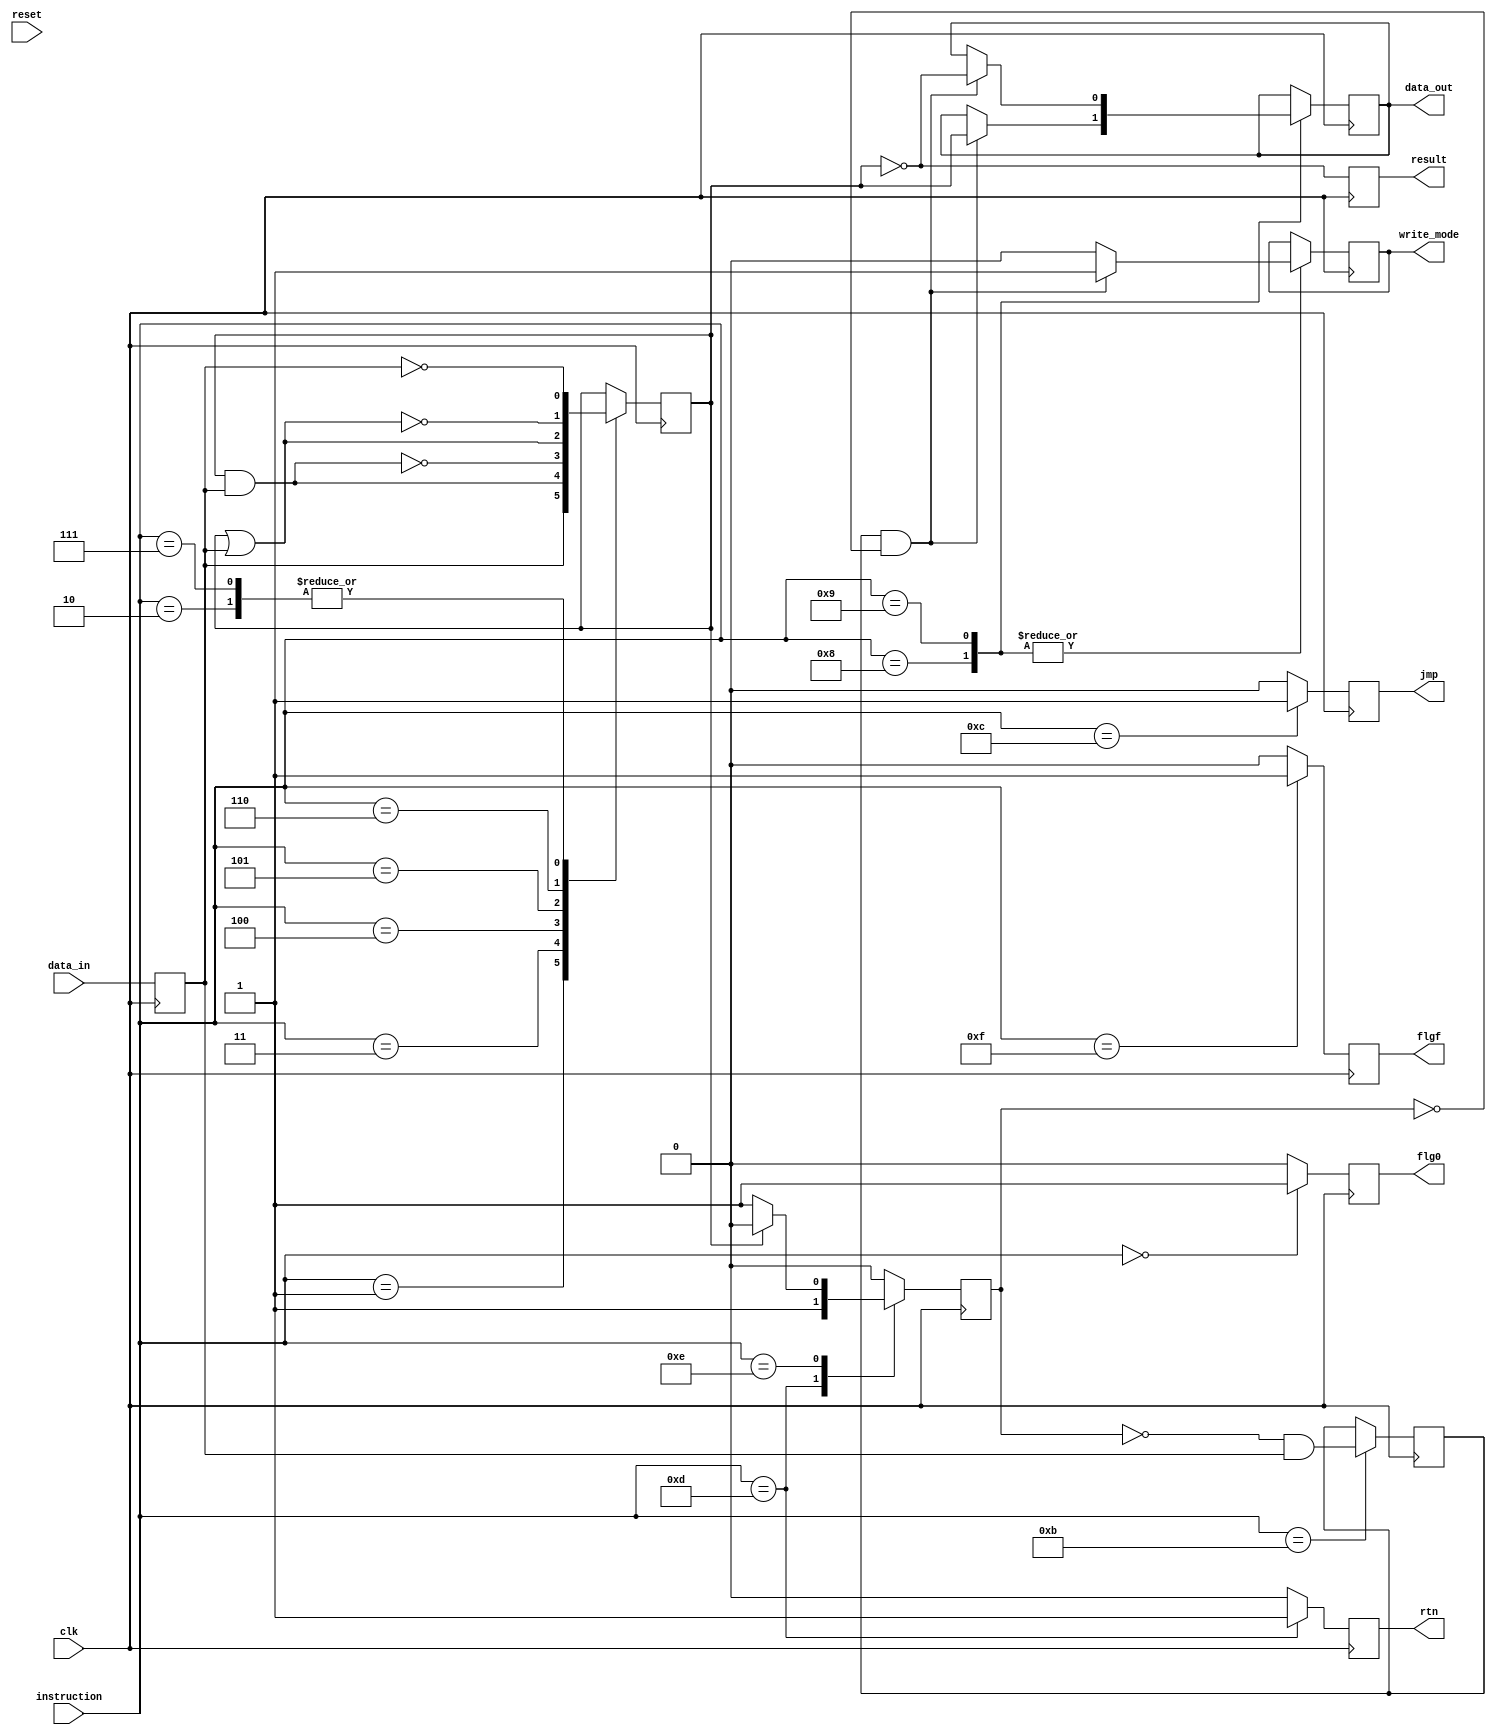

module lu_fudge(data_in, data_out, clk, instruction, reset, write_mode, result, jmp, rtn, flg0, flgf);
  input data_in;
  input clk;
  input [3:0] instruction;
  input reset;

  output reg data_out;
  output reg write_mode;
  output reg result;
  output reg jmp;
  output reg rtn;
  output reg flg0;
  output reg flgf;

  reg ien;
  reg oen;
  reg rr;
  reg skip;
  reg d;


`define OP_NOPO 4'b0000
`define OP_LD   4'b0001
`define OP_LDC  4'b0010
`define OP_AND  4'b0011
`define OP_ANDC 4'b0100
`define OP_OR   4'b0101
`define OP_ORC  4'b0110
`define OP_XNOR 4'b0111
`define OP_STO  4'b1000
`define OP_STOC 4'b1001
`define OP_IEN  4'b1010
`define OP_OEN  4'b1011
`define OP_JMP  4'b1100
`define OP_RTN  4'b1101
`define OP_SKZ  4'b1110
`define OP_NOPF 4'b1111
  


  always@(posedge clk)
  //always@*
  begin
      if(skip)
        skip <= 0;

      if(jmp)
        jmp <= 0;

      if(rtn)
        rtn <= 0;

      if(flg0)
        flg0 <=0;

      if(flgf)
        flgf <=0;

    d <= data_in;
    //$display("%b",d);
    case(instruction)
      `OP_NOPO :
      begin
        flg0 <= 1; //todo 1 clk
      end
      `OP_LD   :
        rr <= d; //LD
      `OP_LDC  :
        rr <= ~d; //LDC
      `OP_AND  :
        rr <= rr & d; //AND
      `OP_ANDC :
        rr <= ~(rr & d); //ANDC
      `OP_OR   :
        rr <= rr | d; //OR
      `OP_ORC  :
        rr <= ~(rr | d); //ORC
      `OP_XNOR :
        rr <= ^~ d; //XNOR
      `OP_STO  :
      begin
        /*
        oen is never low when skip is high in simulation. Hm.
        */
        if(oen &(!skip))
        begin
          data_out <= rr;
          write_mode <= 1;
        end
        else
        begin
          write_mode <= 0;
        end
      end
      `OP_STOC :
      begin
        if(oen &(!skip))
        begin
          data_out <= ~rr;
          write_mode <= 1;
        end
        else
        begin
          write_mode <= 0;
        end

      end
      `OP_IEN  :
        ien <= d; //Look at negedge above for input logic for this
      `OP_OEN  :
        oen <= ~skip & d; //should force oen off with skip.
      `OP_JMP  :
        jmp <= 1; //reg for jump. Pin is triggered on negedge.
      `OP_RTN  :
        begin
            rtn <= 1; //todo. Triggers RTN pin and skips next instruction. How do I do that?
            skip <= 1;          
        end

      `OP_SKZ  : //skip next instruction if rr = 0;
        if(!rr)
        begin
          skip <=1 ;
          //skip the next instruction somehow.
          //kills oen for one cycle I think.
        end
      `OP_NOPF :
      begin
        flgf <= 1;
        //skip <= 1; //Wny did I do that???
      end

    endcase
    result <= ~rr;
  end



endmodule